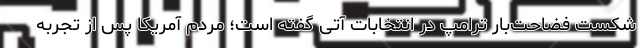
شکست فضاحت‌بار ترامپ در انتخابات آتی گفته است؛ مردم آمریکا پس از تجربه